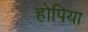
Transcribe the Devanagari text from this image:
होपिया